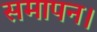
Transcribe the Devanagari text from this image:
समापन।